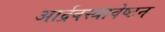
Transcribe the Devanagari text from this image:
आर्द्रवस्त्रावेष्टन